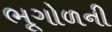
ભૂગોળની